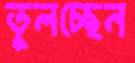
তুলচ্ছেন